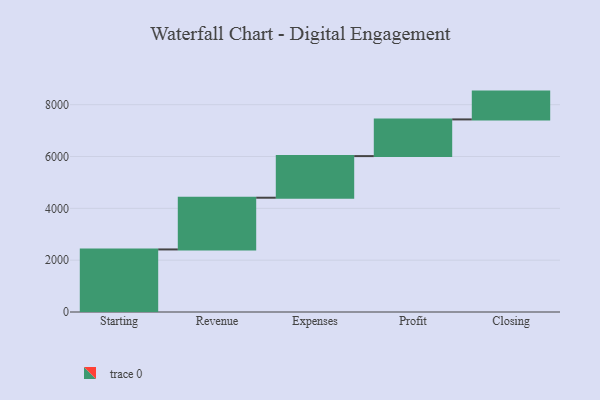
{"axis": {"x": "Step", "y": "Value"}, "legend": [""], "data": [{"x": "Starting", "y": 2414.0, "type": ""}, {"x": "Revenue", "y": 1996.0, "type": ""}, {"x": "Expenses", "y": 1606.0, "type": ""}, {"x": "Profit", "y": 1416.0, "type": ""}, {"x": "Closing", "y": 1073.0, "type": ""}]}